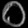
Digit: ၀